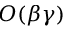
O ( \beta \gamma )